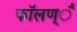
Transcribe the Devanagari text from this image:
फाॅलण्ै